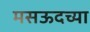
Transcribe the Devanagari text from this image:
मसऊदच्या